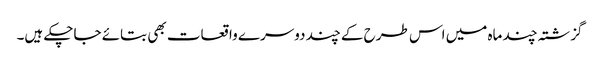
گزشتہ چند ماہ میں اس طرح کے چند دوسرے واقعات بھی بتائے جاچکے ہیں۔